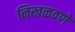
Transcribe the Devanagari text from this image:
निखळवणे